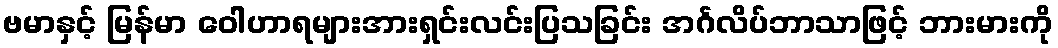
ဗမာနှင့် မြန်မာ ဝေါဟာရများအားရှင်းလင်းပြသခြင်း အင်္ဂလိပ်ဘာသာဖြင့် ဘားမားကို